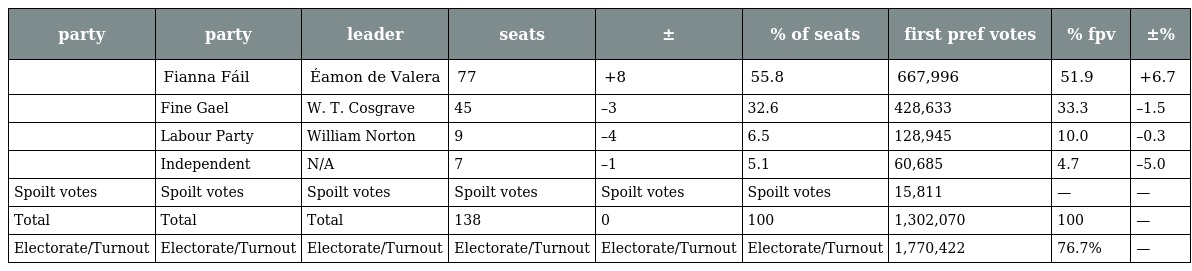
| party | party | leader | seats | ± | % of seats | first pref votes | % fpv | ±% |
 | --- | --- | --- | --- | --- | --- | --- | --- | --- |
 |  | Fianna Fáil | Éamon de Valera | 77 | +8 | 55.8 | 667,996 | 51.9 | +6.7 |
 |  | Fine Gael | W. T. Cosgrave | 45 | –3 | 32.6 | 428,633 | 33.3 | –1.5 |
 |  | Labour Party | William Norton | 9 | –4 | 6.5 | 128,945 | 10.0 | –0.3 |
 |  | Independent | N/A | 7 | –1 | 5.1 | 60,685 | 4.7 | –5.0 |
 | Spoilt votes | Spoilt votes | Spoilt votes | Spoilt votes | Spoilt votes | Spoilt votes | 15,811 | — | — |
 | Total | Total | Total | 138 | 0 | 100 | 1,302,070 | 100 | — |
 | Electorate/Turnout | Electorate/Turnout | Electorate/Turnout | Electorate/Turnout | Electorate/Turnout | Electorate/Turnout | 1,770,422 | 76.7% | — |